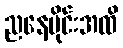
ညနေပိုင်းအထိ